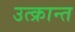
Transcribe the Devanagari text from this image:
उत्क्रान्त